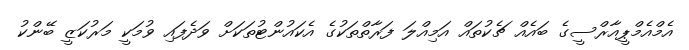
އެމްއެމްޕީއާރްސީގެ ބައެއް ޗެކުތައް އަމިއްލަ ފަރާތްތަކުގެ އެކައުންޓުތަކަށް ވަދެފައި ވުމަކީ މަރުކަޒީ ބޭންކު